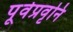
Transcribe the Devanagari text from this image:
पूर्वप्रवृनि